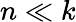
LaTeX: n\ll k